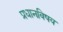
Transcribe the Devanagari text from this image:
प्रधानविषय